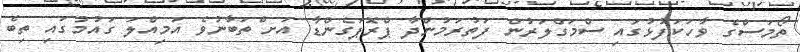
ތޯމަސްގެ ވާހަކަފުޅުގައި ސްމަގްލަރުން ފަތުރަމުންދާ ޕްރޮޕަގެންޑާ އަށ ްތަބާނުވެ އަމިއްލަ ގައުމުގައި ތިބެ